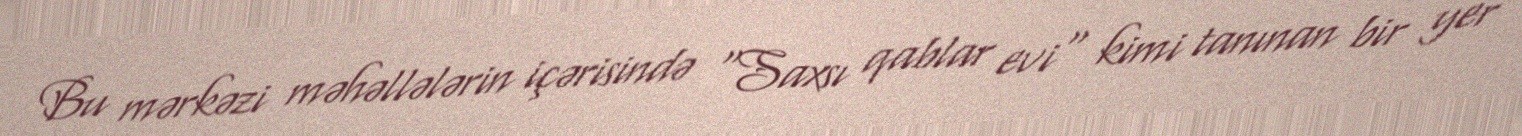
Bu mərkəzi məhəllələrin içərisində "Saxsı qablar evi" kimi tanınan bir yer